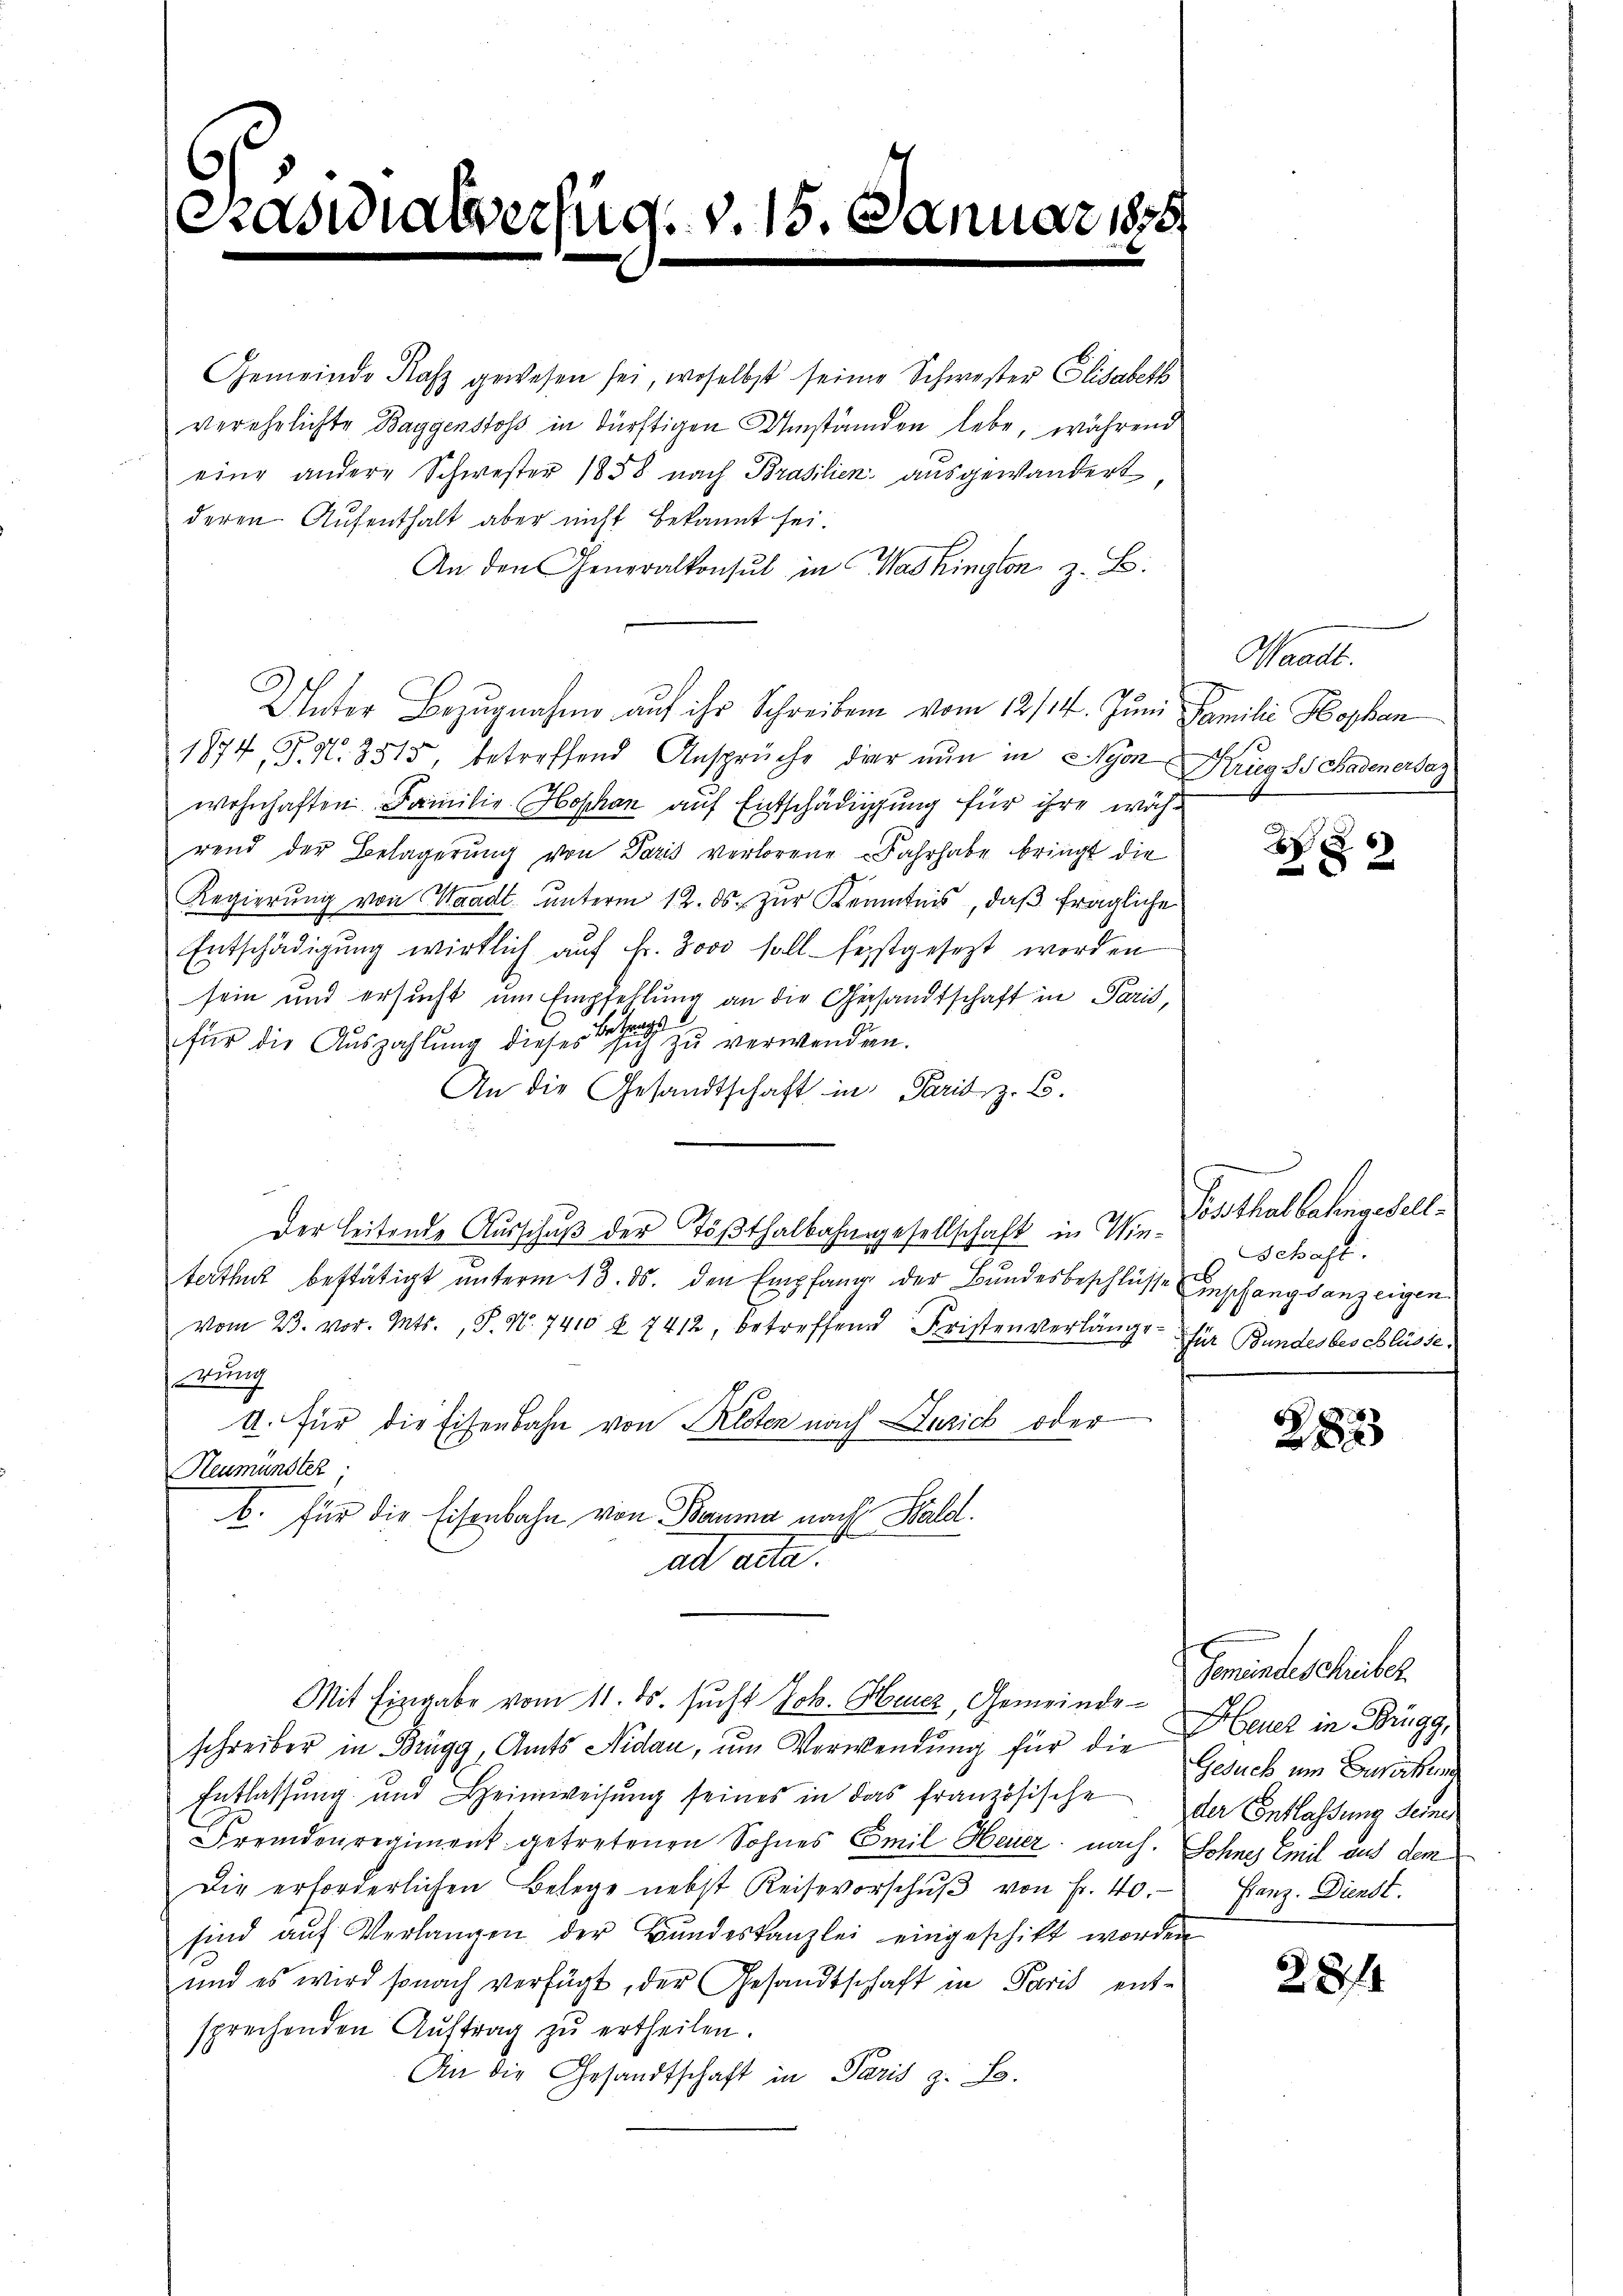
¬
Graswialverfüg v. 15. Januar 1879

Gemeinde Rafz gewesen sei, woselbst seine Schwester Elisabeth
verehelichte Baggenstoss in dürftigen Umständen lebe, während
eine andere Schwester 1858 nach Brasilien, ausgewandert,
deren Aufenthalt aber nicht bekannt sei.
An den Generalkonsul in Washington z. B.
Unter Bezugnahme auf ihr Schreiben vom 12/14. Juni Familie Hohen
1874, P. N. 3515, betreffend Ansprüche der nun in Nyon Krug S. Badenersez
wohnhaften Familie Hophan auf Entschädigung für ihre während der Belagerŭng von Paris verlorene Fahrhabe bringt die
Regierung von Waadt unterm 12. ds. zur Kenntnis, daß fragliche
Entschädigung wirklich auf Fr. 3000 soll festgesezt worden
sein und ersucht um Empfehlung an die Gesandtschaft in Paris,
für die Auszahlung dieses ehe zu verwenden.
An die Gesandtschaft in Paris, z. B.
Der Leitende Ausschuß der Tößthalbahngesellschaft in Winterth bestätigt unterm 13. ds. den Empfang der Bundesbeschlüsse Empfangsanzeigen¬
Vom 23. vor. Mts., P. Nr. 7410 f. 7412, betreffend Fristenverlängs
wung
A. Für die Eisenbahn von Kloten nach urich oder
Neumünster;
b. für die Eisenbahn von Bauma nach Wald.
ad alle
Mit Eingabe vom 11. ds. sucht Joh. Heuer, Gemeindeschreiber in Brugg, Amts Nidau, um Verwendung für die
Entlassŭng und Heimweisŭng seines in das französische der Entlassung seines
Fremdenregiment getretenen Sohnes Emil Heuer nach. Sohnes Emil aus dem
Die erforderlichen Belege nebst Keisevorschŭβ von Fr. 40.
sind auf Verlangen der Bundeskanzlei eingeschikt worden
und es wird sonach verfügt, der Gesandtschaft in Paris ent-
sprechenden Aŭftrag zŭ ertheilen.
An die Gesandtschaft in Paris z. B.

Waadt.

B
82

Posthallelengesell¬
Schaft.
für Bundes beschlüsse.

d
82

Gemeindeschreiber
Heuer in Brugg,
Gesuch um Berichen
Franz. Dienst.

28/1